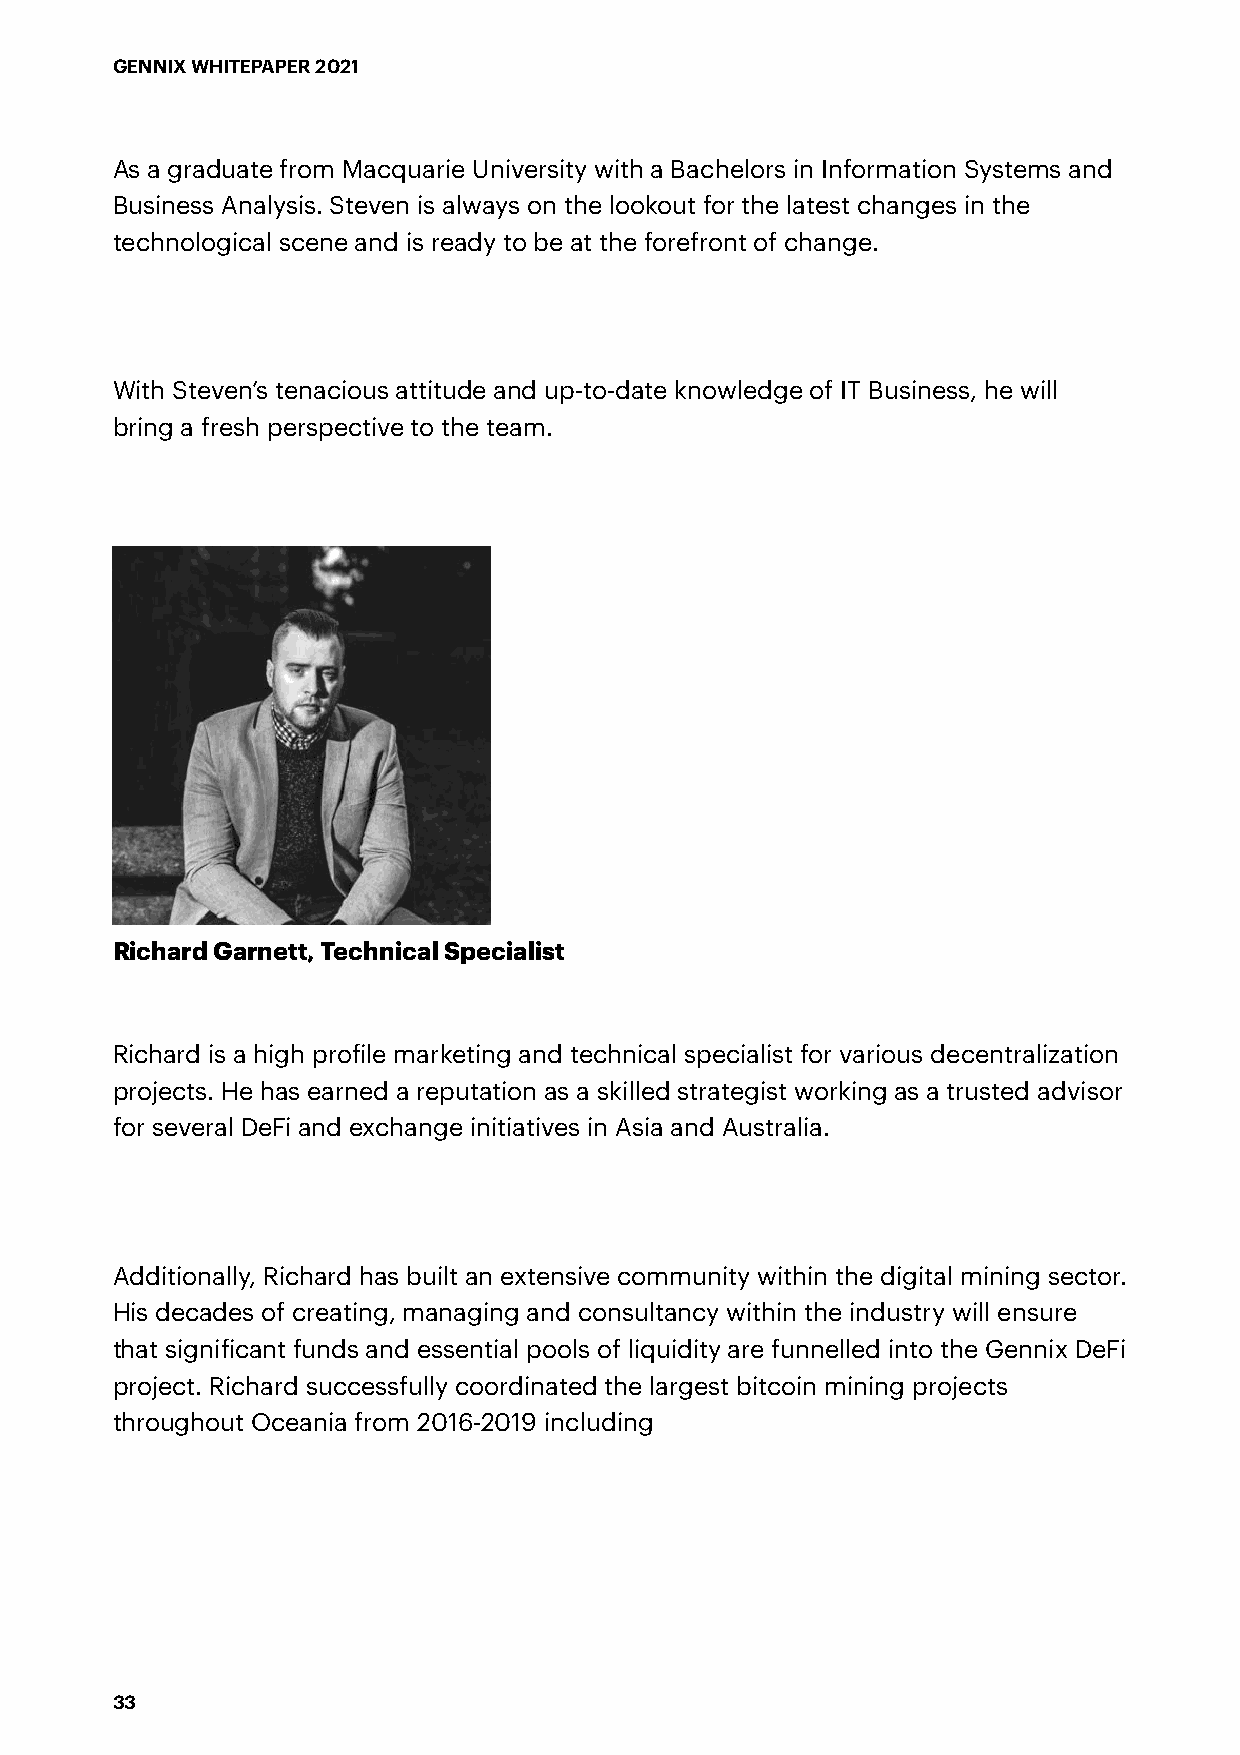
GENNIX WHITEPAPER 2021
 As a graduate from Macquarie University with a Bachelors in Information Systems and
 Business Analysis. Steven is always on the lookout for the latest changes in the
 technological scene and is ready to be at the forefront of change.
 With Steven’s tenacious attitude and up-to-date knowledge of IT Business, he will
 bring a fresh perspective to the team.
 Richard Garnett, Technical Specialist
 Richard is a high profile marketing and technical specialist for various decentralization
 projects. He has earned a reputation as a skilled strategist working as a trusted advisor
 for several DeFi and exchange initiatives in Asia and Australia.
 Additionally, Richard has built an extensive community within the digital mining sector.
 His decades of creating, managing and consultancy within the industry will ensure
 that significant funds and essential pools of liquidity are funnelled into the Gennix DeFi
 project. Richard successfully coordinated the largest bitcoin mining projects
 throughout Oceania from 2016-2019 including
 33